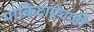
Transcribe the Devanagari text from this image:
पाकिटाऐवजी